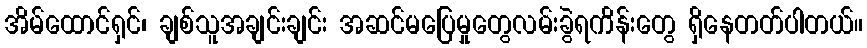
အိမ်ထောင်ရှင်၊ ချစ်သူအချင်းချင်း အဆင်မပြေမှုတွေလမ်းခွဲရကိန်းတွေ ရှိနေတတ်ပါတယ်။